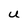
Character: U